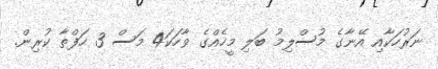
ނަރުހަކާއި އޭނާގެ މުސްލިމު ބަލި މީހެއްގެ ވާހަކަ4 މަސް 3 ހަފްތާ ކުރިން.